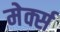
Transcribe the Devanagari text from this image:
मेर्क्स